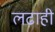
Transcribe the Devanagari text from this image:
लढाही